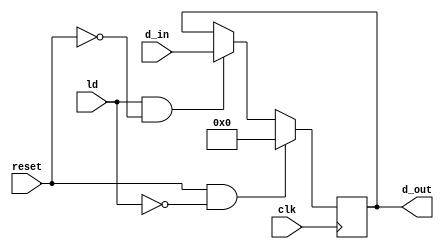
`timescale 1ns / 1ps
//////////////////////////////////////////////////////////////////////////////////
// Company: 
// Engineer: 
// 
// Design Name: 
// Module Name:    DFLIPFLOP 
// Project Name: 
// Target Devices: 
// Tool versions: 
// Description: 
//
// Dependencies: 
//
// Revision: 
// Revision 0.01 - File Created
// Additional Comments: 
//
//////////////////////////////////////////////////////////////////////////////////
module DFLIPFLOP (d_out,d_in, ld, clk, reset);

	input [3:0] d_in;
	input ld,clk, reset;
	output reg [3:0] d_out = 4'd0;
	
	
	always @(posedge clk) begin
		if (reset && !ld) begin
			d_out = 0; end
		else if(ld && !reset) begin
			d_out=d_in; end
		else begin d_out = d_out; end
	end
endmodule